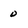
Character: 0